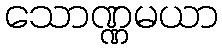
သောဏ္ဏမယာ